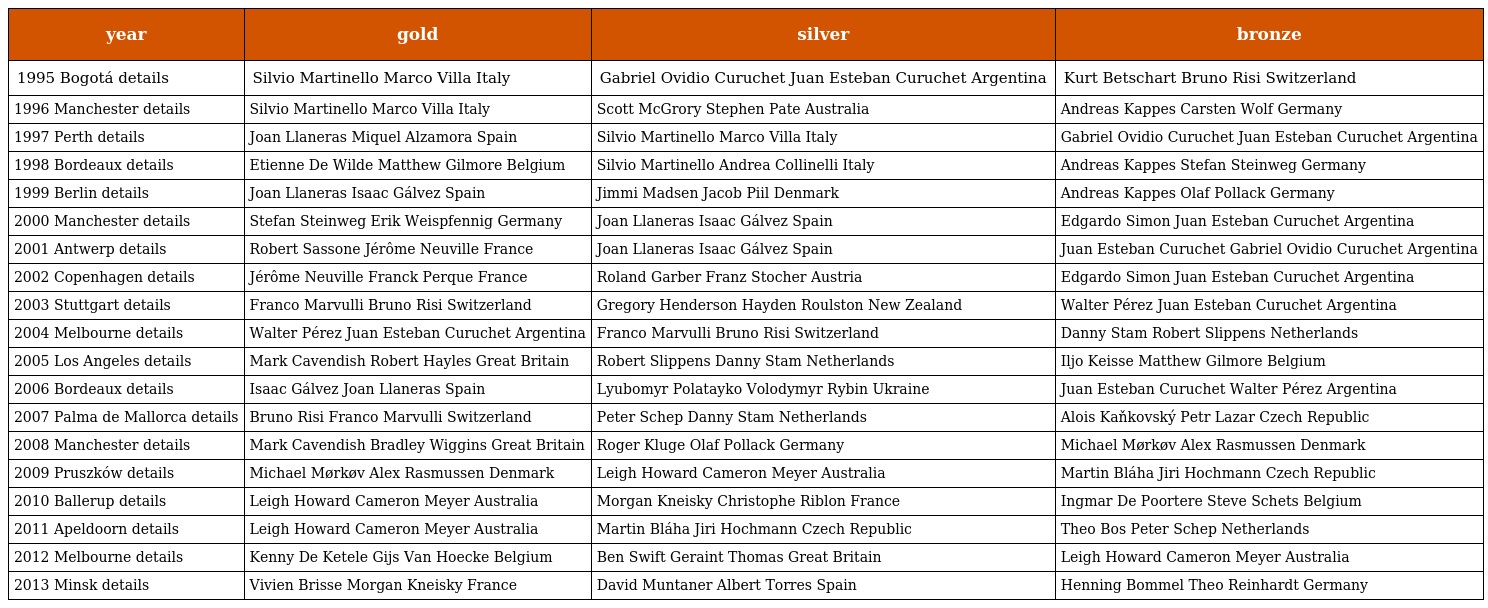
| year | gold | silver | bronze |
 | --- | --- | --- | --- |
 | 1995 Bogotá details | Silvio Martinello Marco Villa Italy | Gabriel Ovidio Curuchet Juan Esteban Curuchet Argentina | Kurt Betschart Bruno Risi Switzerland |
 | 1996 Manchester details | Silvio Martinello Marco Villa Italy | Scott McGrory Stephen Pate Australia | Andreas Kappes Carsten Wolf Germany |
 | 1997 Perth details | Joan Llaneras Miquel Alzamora Spain | Silvio Martinello Marco Villa Italy | Gabriel Ovidio Curuchet Juan Esteban Curuchet Argentina |
 | 1998 Bordeaux details | Etienne De Wilde Matthew Gilmore Belgium | Silvio Martinello Andrea Collinelli Italy | Andreas Kappes Stefan Steinweg Germany |
 | 1999 Berlin details | Joan Llaneras Isaac Gálvez Spain | Jimmi Madsen Jacob Piil Denmark | Andreas Kappes Olaf Pollack Germany |
 | 2000 Manchester details | Stefan Steinweg Erik Weispfennig Germany | Joan Llaneras Isaac Gálvez Spain | Edgardo Simon Juan Esteban Curuchet Argentina |
 | 2001 Antwerp details | Robert Sassone Jérôme Neuville France | Joan Llaneras Isaac Gálvez Spain | Juan Esteban Curuchet Gabriel Ovidio Curuchet Argentina |
 | 2002 Copenhagen details | Jérôme Neuville Franck Perque France | Roland Garber Franz Stocher Austria | Edgardo Simon Juan Esteban Curuchet Argentina |
 | 2003 Stuttgart details | Franco Marvulli Bruno Risi Switzerland | Gregory Henderson Hayden Roulston New Zealand | Walter Pérez Juan Esteban Curuchet Argentina |
 | 2004 Melbourne details | Walter Pérez Juan Esteban Curuchet Argentina | Franco Marvulli Bruno Risi Switzerland | Danny Stam Robert Slippens Netherlands |
 | 2005 Los Angeles details | Mark Cavendish Robert Hayles Great Britain | Robert Slippens Danny Stam Netherlands | Iljo Keisse Matthew Gilmore Belgium |
 | 2006 Bordeaux details | Isaac Gálvez Joan Llaneras Spain | Lyubomyr Polatayko Volodymyr Rybin Ukraine | Juan Esteban Curuchet Walter Pérez Argentina |
 | 2007 Palma de Mallorca details | Bruno Risi Franco Marvulli Switzerland | Peter Schep Danny Stam Netherlands | Alois Kaňkovský Petr Lazar Czech Republic |
 | 2008 Manchester details | Mark Cavendish Bradley Wiggins Great Britain | Roger Kluge Olaf Pollack Germany | Michael Mørkøv Alex Rasmussen Denmark |
 | 2009 Pruszków details | Michael Mørkøv Alex Rasmussen Denmark | Leigh Howard Cameron Meyer Australia | Martin Bláha Jiri Hochmann Czech Republic |
 | 2010 Ballerup details | Leigh Howard Cameron Meyer Australia | Morgan Kneisky Christophe Riblon France | Ingmar De Poortere Steve Schets Belgium |
 | 2011 Apeldoorn details | Leigh Howard Cameron Meyer Australia | Martin Bláha Jiri Hochmann Czech Republic | Theo Bos Peter Schep Netherlands |
 | 2012 Melbourne details | Kenny De Ketele Gijs Van Hoecke Belgium | Ben Swift Geraint Thomas Great Britain | Leigh Howard Cameron Meyer Australia |
 | 2013 Minsk details | Vivien Brisse Morgan Kneisky France | David Muntaner Albert Torres Spain | Henning Bommel Theo Reinhardt Germany |